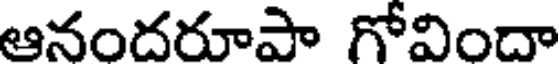
ఆనందరూపా గోవిందా